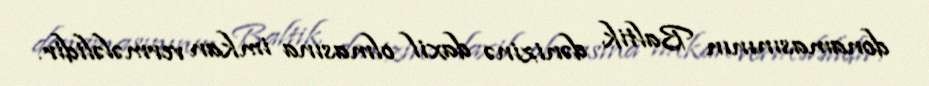
donamasınının Baltik dənizinə daxil olmasına imkan vermələlidir.